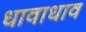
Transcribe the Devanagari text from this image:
धावाधाव